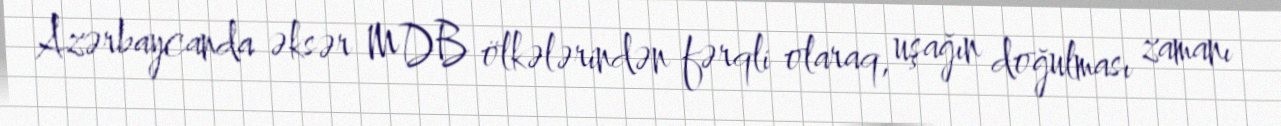
Azərbaycanda əksər MDB ölkələrindən fərqli olaraq, uşağın doğulması zamanı